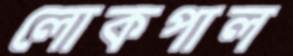
লোকপাল